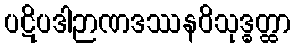
ပဋိပဒါဉာဏဒဿနဝိသုဒ္ဓတ္ထာ